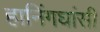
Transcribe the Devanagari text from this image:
हानिंगघांसी